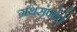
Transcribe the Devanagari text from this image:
ग्रंथसंपदेचे